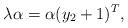
LaTeX: \begin{align*} \lambda \alpha = \alpha (y_2+1)^T,\end{align*}